Insane asylums in Bengal annual reports 1876-1887 - 1876-1887
Year: 1876
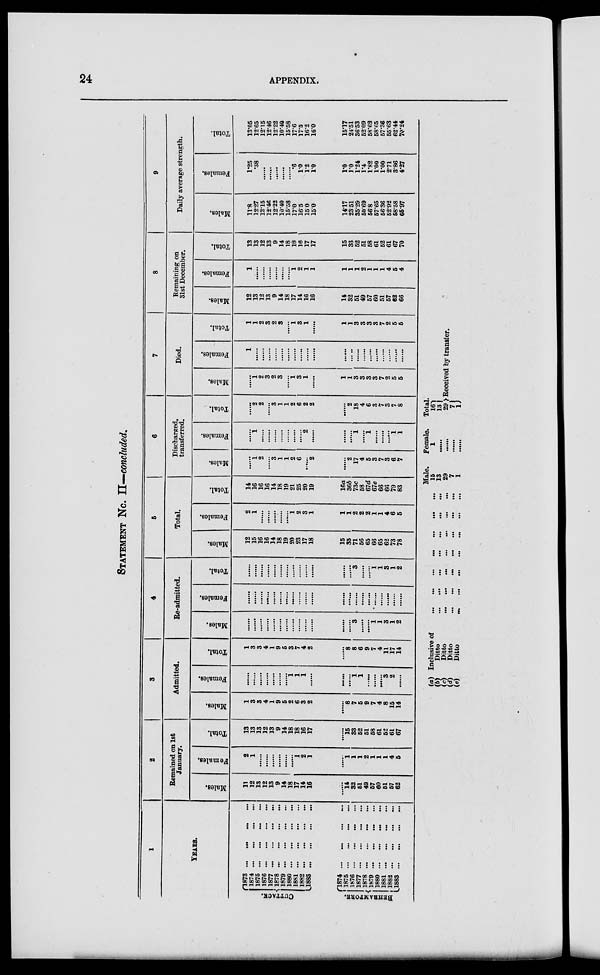
24
APPENDIX.
STATEMENT No. II—concluded.
1
YEARS.
CUTTACK.
BEHRAMPORE.
1873 ...
...
...
...
1874 ...
...
...
...
1875 ...
...
...
...
1876 ...
...
...
...
1877 ...
...
...
...
1878 ...
...
...
...
1879 ...
...
...
...
1880
...
...
...
...
1881
...
...
...
...
1882 ...
...
...
...
1883
...
...
...
...
1874 ...
...
...
...
1875 ... ... ... ...
1876
...
...
...
...
1877 ...
...
...
...
1878 ...
...
...
...
1879
...
...
...
...
1880 ...
...
...
...
1881. ...
...
...
...
1883
...
1883
2
Remained on 1st
January.
Males.
11
12
13
12
13
9
14
18
17
14
16
......
14
32
51
49
57
60
51
57
62
Females.
2
1
......
......
......
......
......
1
2
1
......
1
1
1
2
1
1
1
4
5
Total.
13
13
13
12
13
9
14
18
18
16
17
......
15
33
52
51
58
61
52
61
67
3
Admitted.
Males.
1
3
3
4
1
9
5
2
6
3
2
......
8
7
5
9
7
4
8
15
14
Females.
......
......
......
......
......
......
......
1
1
1
......
......
......
1
1
......
......
......
3
2
......
Total.
1
3
3
4
1
9
5
3
7
4
2
......
8
8
6
9
7
4
11
17
14
4
Re-admitted.
Males.
......
......
......
......
......
......
......
......
......
......
......
......
......
3
......
......
1 1
3
1
2
Females.
......
......
......
......
......
......
......
......
......
......
......
......
......
......
......
......
......
......
......
......
......
Total.
......
......
......
......
......
......
......
......
......
......
......
......
......
3
......
......
1
1
3
1
2
5
Total.
Males.
12
15
16
16
14
18
19
20
23
17
18
15
35
71
56
65
66
65
62
73
78
Females.
2
1
......
......
......
......
......
1
2
3
1
1
1
2
2
2
1
1
4
6
5
Total.
14
16
16
16
14
18
19
21
25
20
19
16a
36b
73c
58
67d
67e
66
66
79
83
6
Discharged
transferred
Males.
......
1
2
......
3
1
1
2
6
......
2
......
2
17
4
5
3
7
3
6
7
Females.
......
1
......
......
......
......
......
......
......
2
......
......
......
1
......
1
......
......
......
1
1
Total.
......
2
2
......
3
1
1
2
6
2
2
......
2
18
4
6
3
7
3
7
8
7
Died.
Males.
......
1
2
3
2
3
......
1
3
1
......
1
1
3
3
3
3
7
2
5
5
Females.
1
......
......
......
......
......
......
......
......
......
......
......
......
......
......
......
......
......
......
......
......
Total.
1
1
2
3
2
3
......
1
3
1
......
1
1
3
3
3
3
7
2
5
5
8
Remaining on
31st December.
Males.
12
13
12
13
9
14
18
17
14
16
16
14
32
51
49
57
60
51
57
62
66
Females.
1
......
......
......
......
......
......
1
2
1
1
1
1
1
2
1
1
1
4
5
4
Total.
13
13
12
13
9
14
18
18
16 1
17
17
15
33
52
51
58
61
52
61
67
70
9
Daily average strength.
Males.
11.8
12.27
12.15
12.46
12.22
10.40
15.58
17.0
16.5
15.0
15.0
14.17
2351
35.29
50.69
56.8
67.65
56.36
52.92
58.58
66.97
Females.
1.25
.38
......
......
......
......
......
.6
10
1.2
10
1.0
1.0
1.24
1.4
1.82
1.00
1.00
2.71
3.86
4.27
Total.
13.05
12.65
12.15
12.46
12.22
10.40
15.58
17.6
17.5
16.2
16.0
15.17
24.51
36.53
52.09
58.62
58.65
57.36
55.63
62.44
70.24
(a)
(b)
(c) (d)
(e)
Inclusive of
...
...
...
...
...
...
...
Ditto
...
...
...
...
...
...
...
Ditto
...
...
...
...
...
...
...
Ditto
...
...
...
...
...
...
...
Ditto
...
...
...
...
...
...
...
Male.
15
13
29
7
1
Female.
1
......
......
......
......
Total.
16
13
29
7 1
Received by transfer.